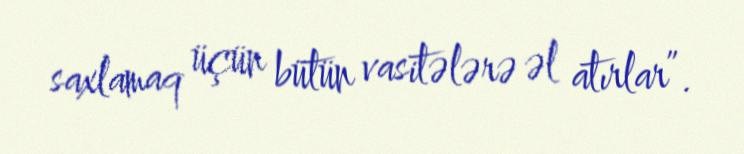
saxlamaq üçün bütün vasitələrə əl atırlar”.